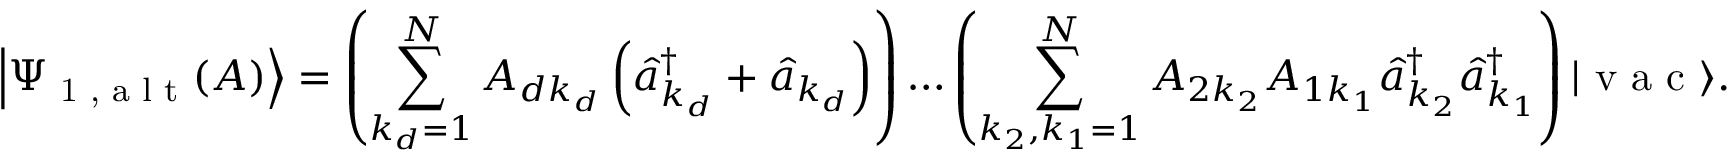
\left| \Psi _ { \textrm { 1 , a l t } } ( A ) \right\rangle = \left( \sum _ { k _ { d } = 1 } ^ { N } A _ { d k _ { d } } \left( \hat { a } _ { k _ { d } } ^ { \dagger } + \hat { a } _ { k _ { d } } \right) \right) \ldots \left( \sum _ { k _ { 2 } , k _ { 1 } = 1 } ^ { N } A _ { 2 k _ { 2 } } A _ { 1 k _ { 1 } } \hat { a } _ { k _ { 2 } } ^ { \dagger } \hat { a } _ { k _ { 1 } } ^ { \dagger } \right) | \textrm { v a c } \rangle .